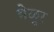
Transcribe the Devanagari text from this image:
बेळूर